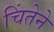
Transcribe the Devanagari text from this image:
चिंतेने